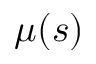
\mu ( s )